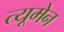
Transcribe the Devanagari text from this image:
त्यूमेन